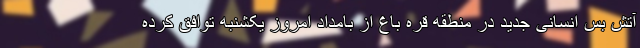
آتش بس انسانی جدید در منطقه قره باغ از بامداد امروز یکشنبه توافق کرده